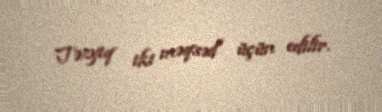
Təzyiq iki məqsəd üçün edilir.